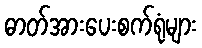
ဓာတ်အားပေးစက်ရုံများ